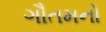
ગૌતમનો